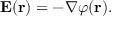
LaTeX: \mathbf { E ( r ) } = - \nabla \varphi \mathbf { ( r ) } .